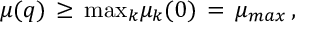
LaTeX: \mu ( q ) \, \geq \, \mathrm { m a x } _ { k } \mu _ { k } ( 0 ) \, = \, \mu _ { m a x } \, ,